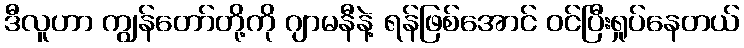
ဒီလူဟာ ကျွန်တော်တို့ကို ဂျာမနီနဲ့ ရန်ဖြစ်အောင် ဝင်ပြီးရှုပ်နေတယ်